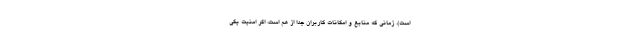
است). زمانی که منابع و امکانات کاربران جدا از هم است، اگر امنیت یکی